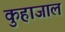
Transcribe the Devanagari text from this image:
कुहाजाल